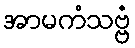
အာမကံသဗ္ဗံ